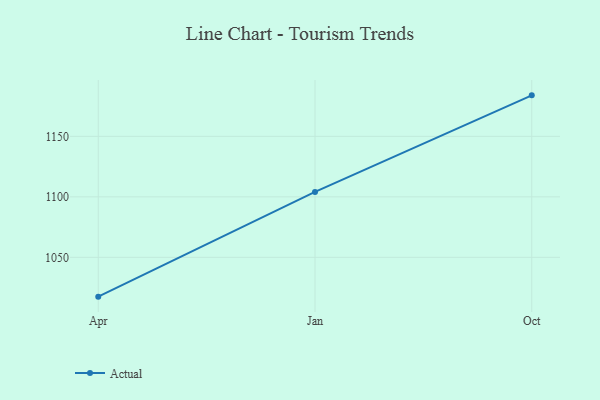
{"axis": {"x": "Month", "y": "Humidity (%)"}, "legend": ["Actual"], "data": [{"x": "Apr", "y": 1017.5, "type": "Actual"}, {"x": "Jan", "y": 1104.1, "type": "Actual"}, {"x": "Oct", "y": 1183.9, "type": "Actual"}]}